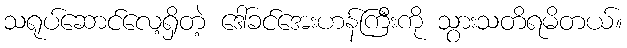
သရုပ်ဆောင်လေ့ရှိတဲ့ ဒေါ်ခင်အေးဟန်ကြီးကို သွားသတိရမိတယ်။